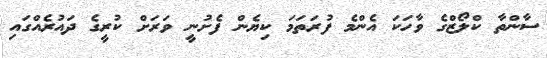
ސާންތާ ކްލޯޒްގެ ވާހަކަ އެންމެ ފުރަތަމަ ކިޔެން ފެށުނީ ވަރަށް ކުރީގެ ދައުރެއްގައި